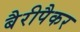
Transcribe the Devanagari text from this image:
बैरीपैकर